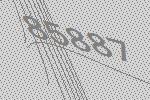
85887